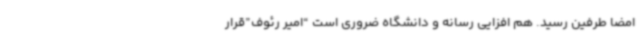
امضا طرفین رسید. هم افزایی رسانه و دانشگاه ضروری است “امیر رئوف”قرار